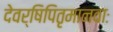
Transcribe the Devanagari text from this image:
देवर्षिपितृमानवाः